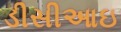
ડીસીઆઇ